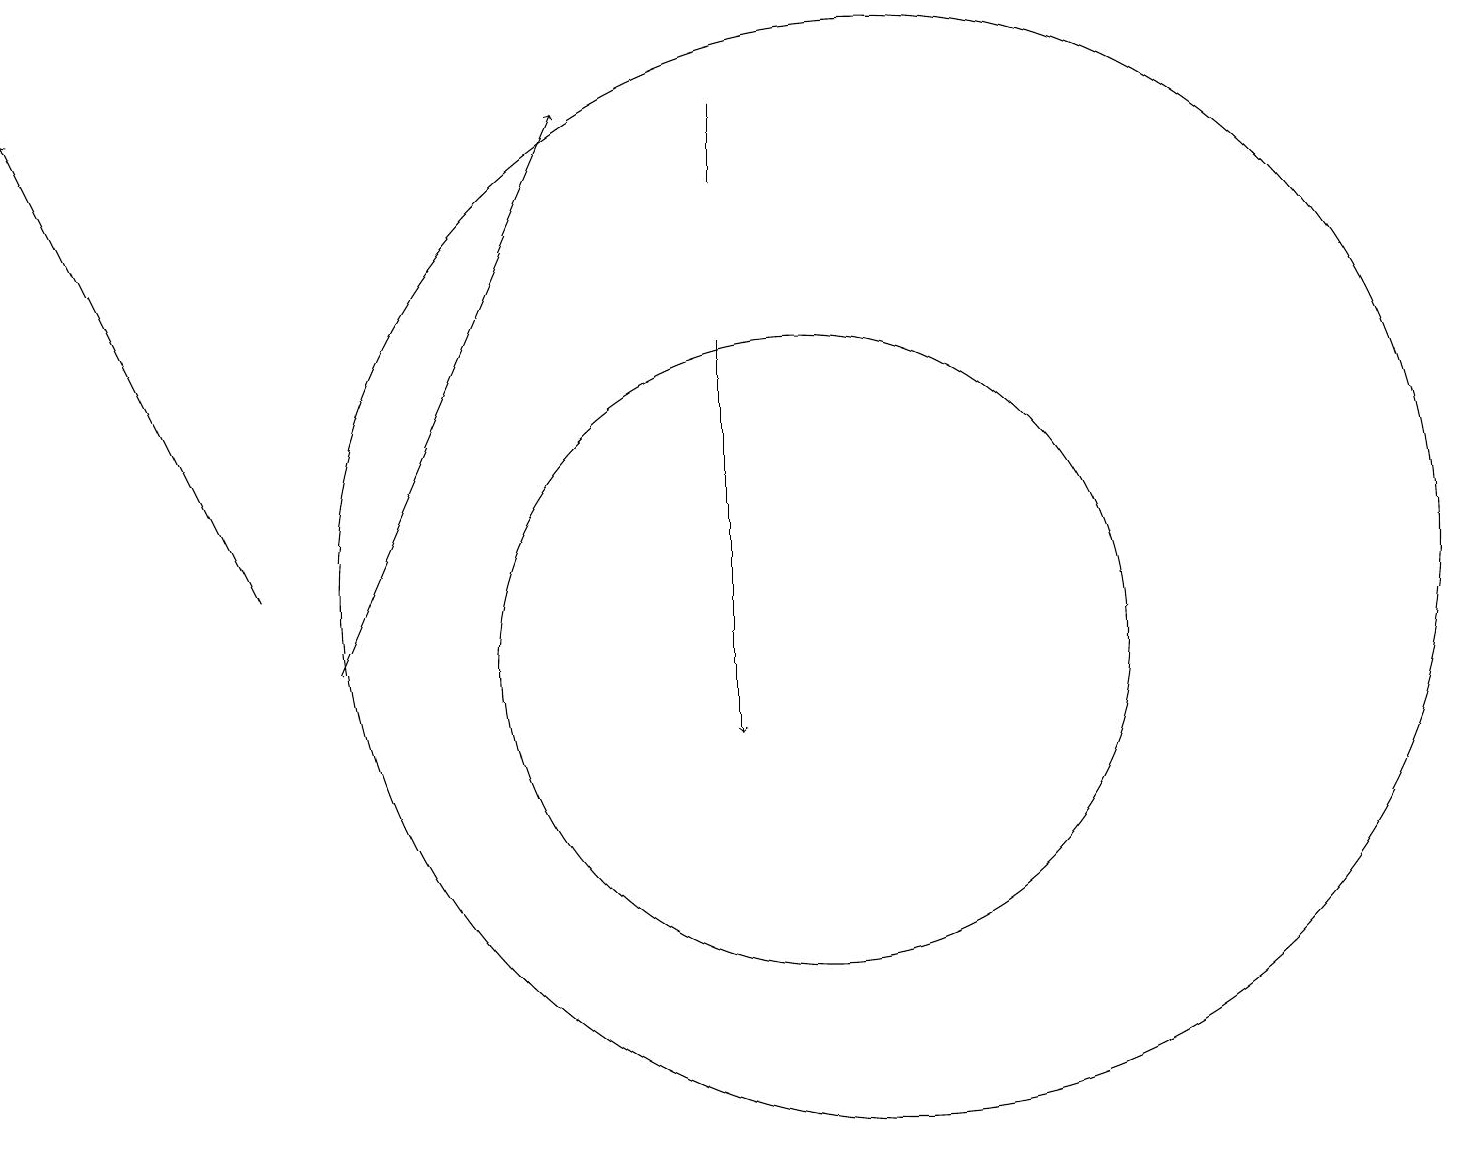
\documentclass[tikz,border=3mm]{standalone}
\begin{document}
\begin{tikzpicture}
\draw (11,12) circle (7);
\draw[->] (3,12) -- (0,18);
\draw (10,11) circle (4);
\draw[->] (9,15) -- (9,10);
\draw (9,17) rectangle (9,18);
\draw[->] (4,11) -- (7,18);
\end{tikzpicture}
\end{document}